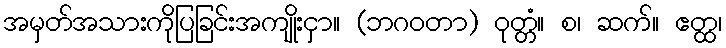
အမှတ်အသားကိုပြခြင်းအကျိုးငှာ။ (ဘဂဝတာ) ဝုတ္တံ။ စ၊ ဆက်။ ဧတ္ထ၊